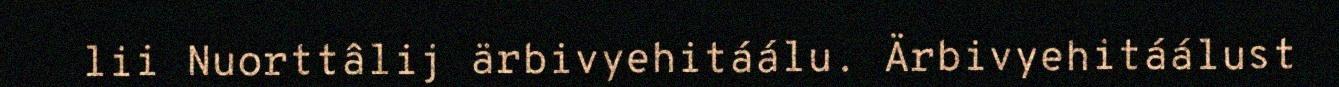
lii Nuorttâlij ärbivyehitáálu. Ärbivyehitáálust